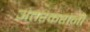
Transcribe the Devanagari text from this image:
अंतरकरांनी